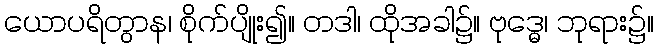
ယောပရိတွာန၊ စိုက်ပျိုး၍။ တဒါ၊ ထိုအခါ၌။ ဗုဒ္ဓေ၊ ဘုရား၌။